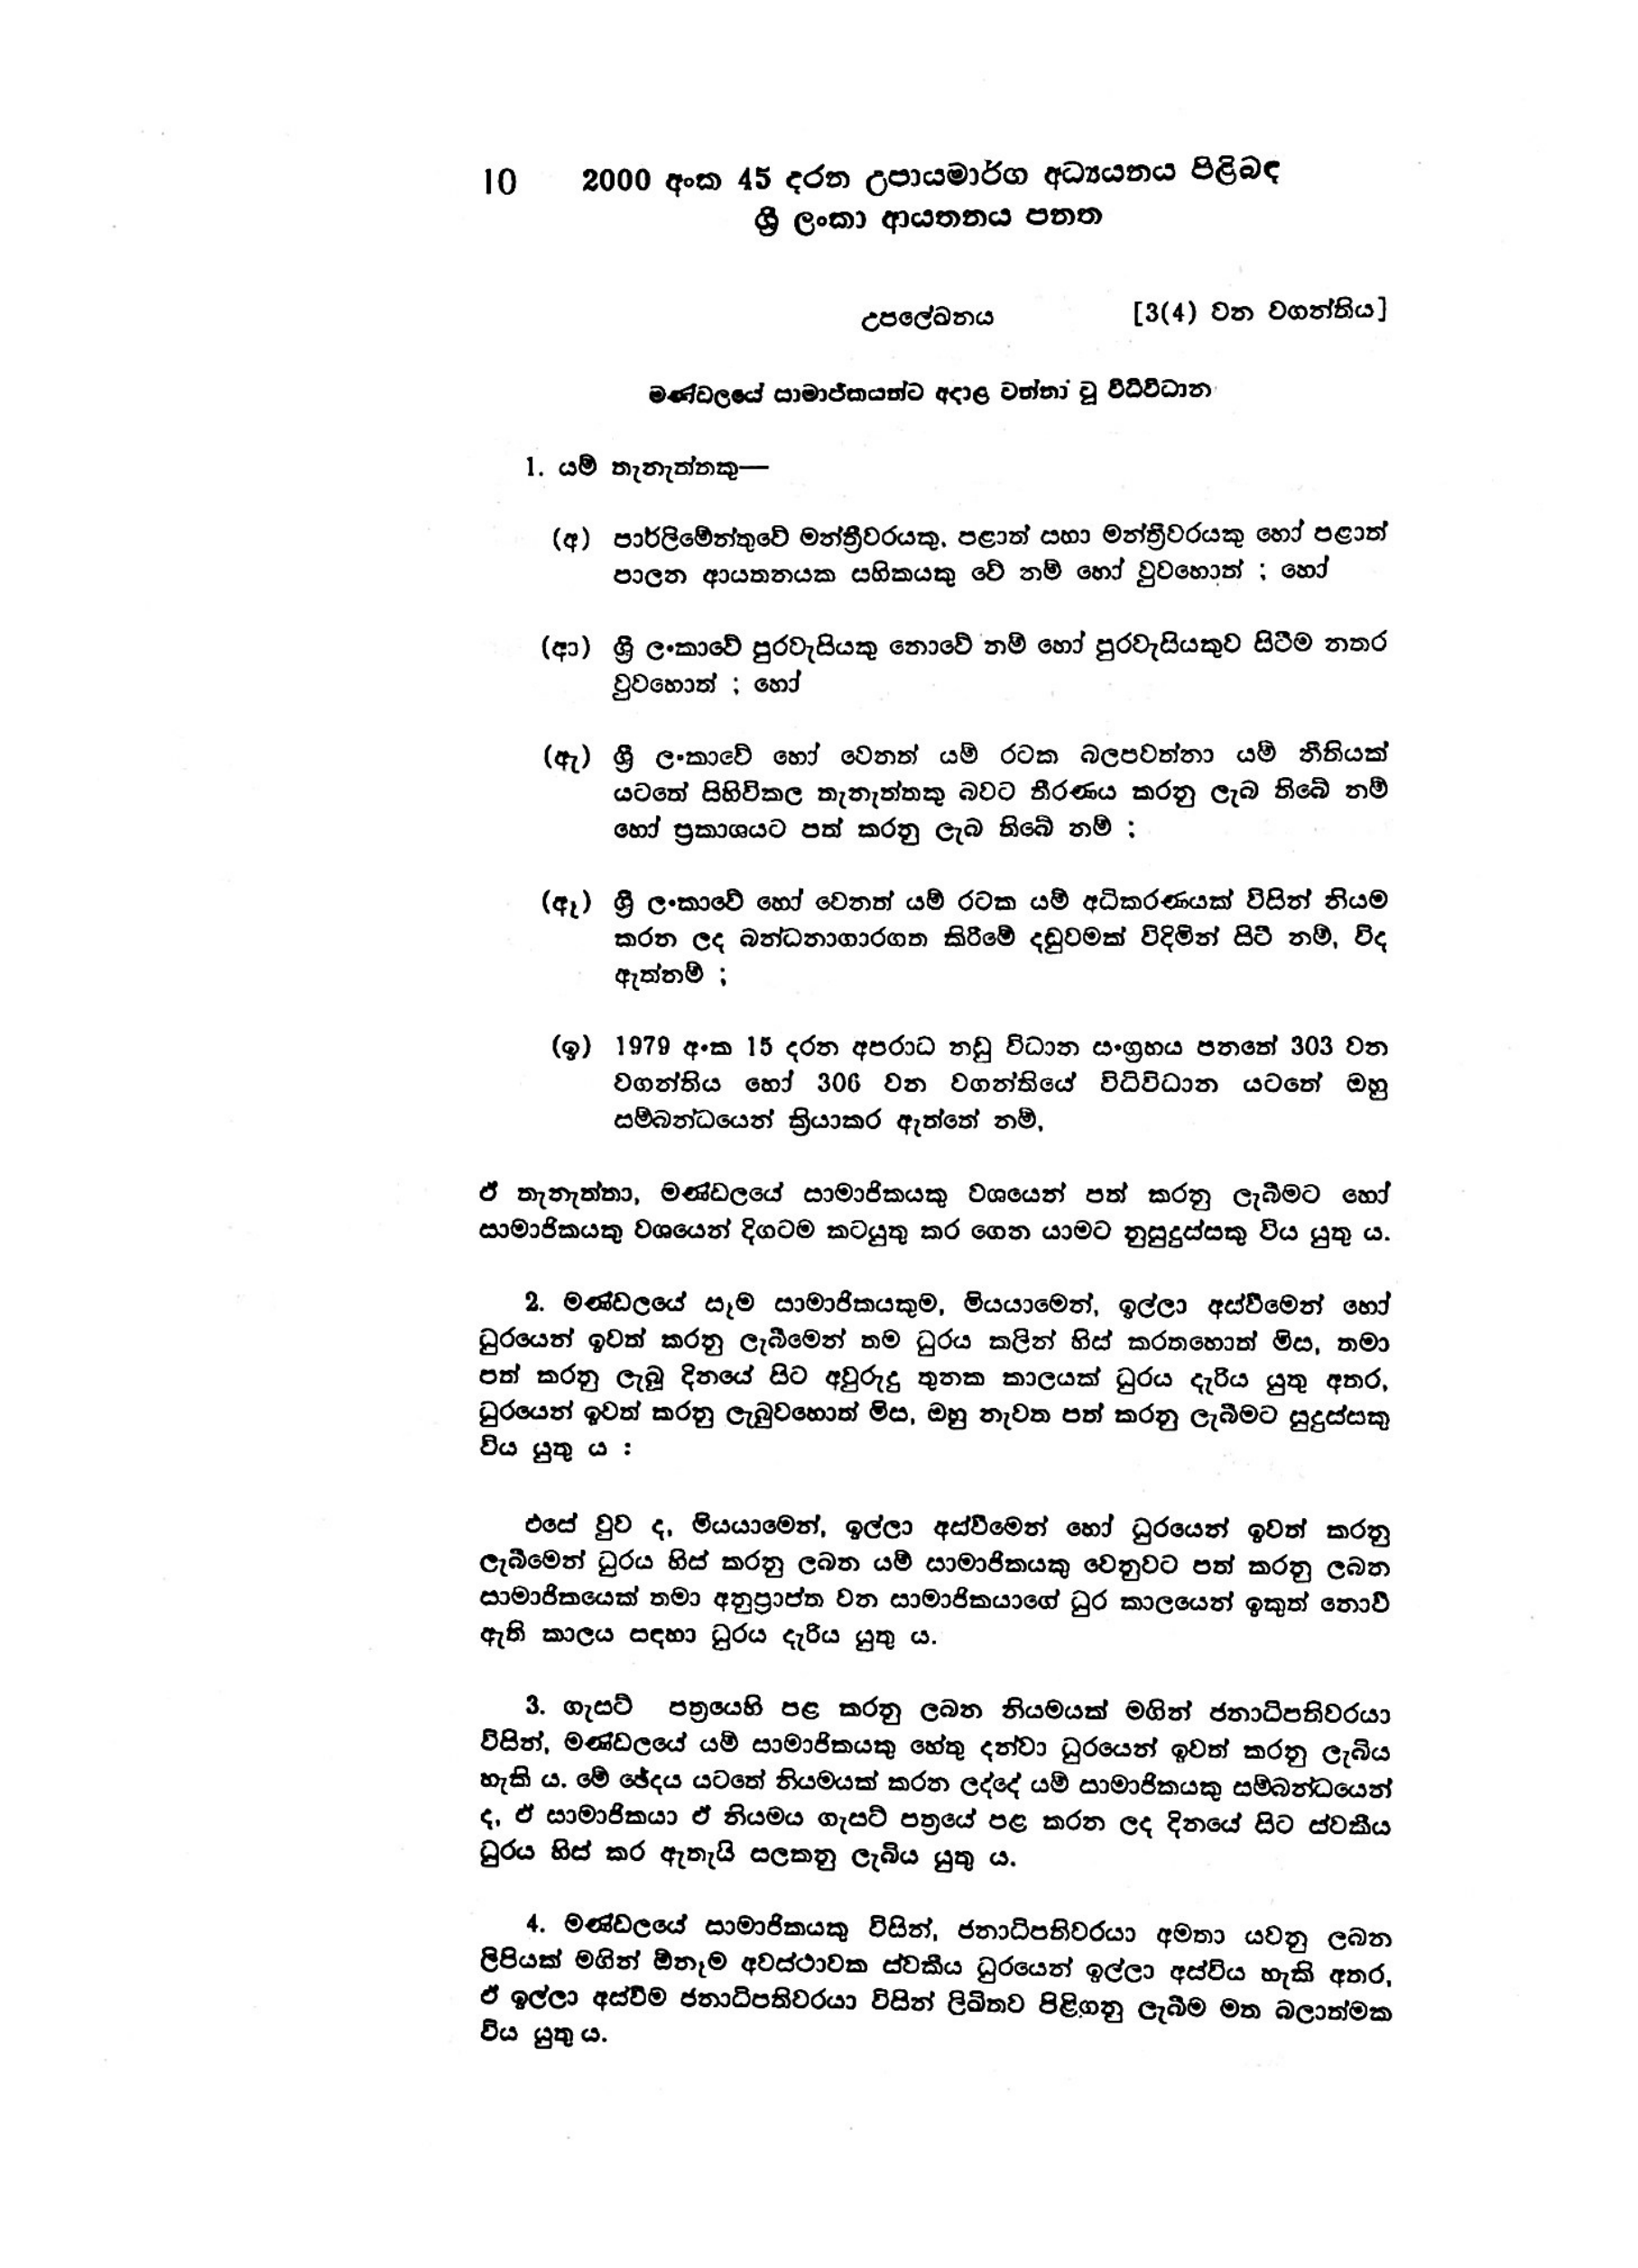
10 2000 අංක 45 දරන උපායමාර්ග අධ්‍යයනය පිළිබඳ
ශ්‍රී ලංකා ආයතනය පනත

උපලේඛනය [3(4) වන වගන්තිය)

මණ්ඩලයේ සාමාජිකයන්ට අදාළ වන්නා වූ විධිවිධාන

1. යම් තැනැත්තකු—

(අ) පාර්ලිමේන්තුවේ මන්ත්‍රීවරයකු, පළාත් සභා මන්ත්‍රීවරයකු හෝ පළාත්
පාලන ආයතනයක සභිකයකු වේ නම් හෝ වුවහොත් ; හෝ

(ආ) ශ්‍රී ලංකාවේ පුරවැසියකු නොවේ නම් හෝ පුරවැසියකුව සිටීම නතර
වුව හොත්; හෝ

(ඇ) ශ්‍රී ලංකාවේ හෝ වෙනත් යම් රටක බලපවත්නා යම් නීතියක්
යටතේ සිහි විකල තැනැත්තකු බවට තීරණය කරනු ලැබ තිබේ නම්
හෝ ප්‍රකාශයට පත් කරනු ලැබ තිබේ නම් :

(ඈ) ශ්‍රී ලංකාවේ හෝ වෙනත් යම් රටක යම් අධිකරණයක් විසින් නියම
කරන ලද බන්ධනාගාරගත කිරීමේ දඬුවමක් විදිමින් සිටි නම්, විද
ඇත්නම්;

(ඉ) 1979 අංක 15 දරන අපරාධ නඩු විධාන සංග්‍රහය පනතේ 303 වන
වගන්තිය හෝ 306 වන වගන්තියේ විධිවිධාන යටතේ ඔහු
සම්බන්ධයෙන් ක්‍රියාකර ඇත්තේ නම්,

ඒ තැනැත්තා, මණ්ඩලයේ සාමාජිකයකු වශයෙන් පත් කරනු ලැබීමට හෝ
සාමාජිකයකු වශයෙන් දිගටම කටයුතු කර ගෙන යාමට නුසුදුස්සකු විය යුතු ය.

2. මණ්ඩලයේ සෑම සාමාජිකයෙකුම, මියයාමෙන්, ඉල්ලා අස්වීමෙන් හෝ
ධුරයෙන් ඉවත් කරනු ලැබීමෙන් තම ධුරය කලින් හිස් කරතහොත් මිස, තමා
පත් කරනු ලැබූ දිනයේ සිට අවුරුදු තුනක කාලයක් ධුරය දැරිය යුතු අතර,
ධුරයෙන් ඉවත් කරනු ලැබුවහොත් මිස, ඔහු නැවත පත් කරනු ලැබීමට සුදුස්සකු
විය යුතු ය :

එසේ වුව ද, මියයාමෙන්, ඉල්ලා අස්වීමෙන් හෝ ධුරයෙන් ඉවත් කරනු
ලැබීමෙන් ධුරය හිස් කරනු ලබන යම් සාමාජිකයකු වෙනුවට පත් කරනු ලබන
සාමාජිකයෙක් තමා අනුප්‍රාප්ත වන සාමාජිකයාගේ ධුර කාලයෙන් ඉකුත් නොවී
ඇති කාලය සඳහා ධුරය දැරිය යුතුය.

3. ගැසට් පත්‍රයෙහි පළ කරනු ලබන නියමයක් මගින් ජනාධිපතිවරයා
විසින්, මණ්ඩලයේ යම් සාමාජිකයෙකු හේතු දන්වා ධුරයෙන් ඉවත් කරනු ලැබිය
හැකි ය. මේ ඡේදය යටතේ නියමයක් කරන ලද්දේ යම් සාමාජිකයෙකු සම්බන්ධයෙන්
ද, ඒ සාමාජිකයා ඒ නියමය ගැසට් පත්‍රයේ පළ කරන ලද දිනයේ සිට ස්වකීය
ධුරය හිස් කර ඇතැයි සලකනු ලැබිය යුතු ය.

4. මණ්ඩලයේ සාමාජිකයෙකු විසින්, ජනාධිපතිවරයා අමතා යවනු ලබන
ලිපියක් මගින් ඕනෑම අවස්ථාවක ස්වකීය ධුරයෙන් ඉල්ලා අස්විය හැකි අතර,
ඒ ඉල්ලා අස්වීම ජනාධිපතිවරයා විසින් ලිඛිතව පිළිගනු ලැබීම මත බලාත්මක
විය යුතුය.